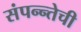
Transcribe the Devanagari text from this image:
संपन्न्तेची